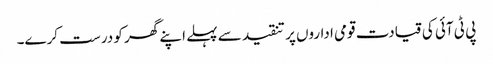
پی ٹی آئی کی قیادت قومی اداروں پر تنقید سے پہلے اپنے گھر کو درست کرے۔